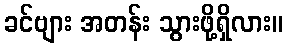
ခင်ဗျား အတန်း သွားဖို့ရှိလား။